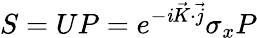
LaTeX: S=UP=e^{-\mathit{i}\vec{{K}}\cdot\vec{{j}}}\sigma_{x}P